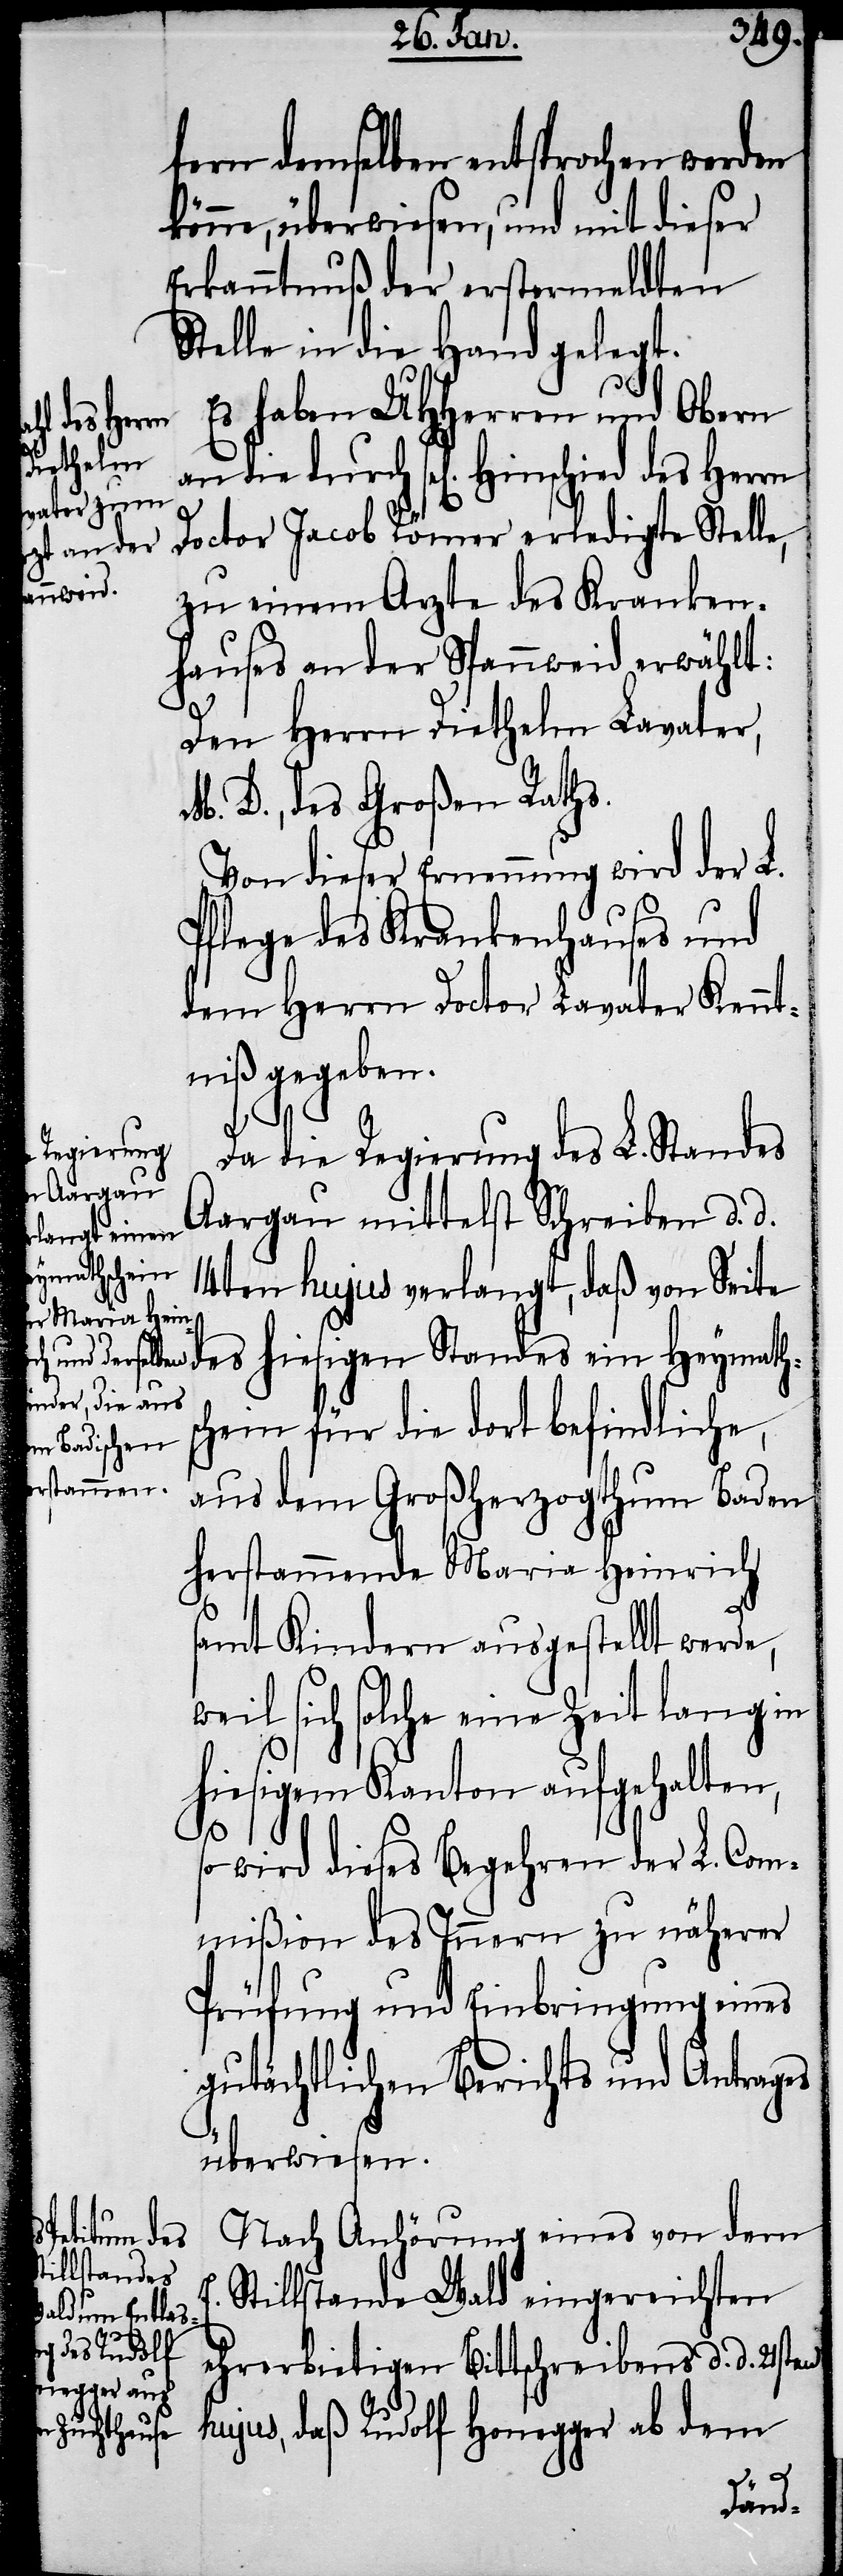
fern demselben entsprochen werden
könne, überwiesen, und mit dieser
Erkanntnuß der erstermeldten
Stelle in die Hand gelegt.
Es haben UHHerren und Obern
d des Herrn
Doctor Jacob Römer erledigte Stelle,
zu einem Arzte des Kranken¬
hauses an der Spannweid erwählt:
Den Herrn Diethelm Lavater,
M. D., des Großen Raths.
Von dieser Ernennung wird der L.
Pflege des Krankenhauses und
dem Herrn Doctor Lavater Kennt¬
niß gegeben.
Da die Regierung des L. Standes
Aargau mittelst Schreiben d. d.
Hinschie¬
14ten hujus verlangt, daß von Seite
des hiesigen Standes ein Heymaths¬
chein für die dort befindliche,
aus dem Großherzogthum Baden
herstammende Maria Heinrich
samt Kindern ausgestellt werde,
weil sich solche eine Zeit lang in
hiesigem Kanton aufgehalten,
so wird dieses Begehren der L. Com¬
mißion des Innern zu näherer
Prüfung und Einbringung eines
gutächtlichen Berichts und Antrages
überwiesen.
Nach Anhörung eines von dem
E. Stillstande Wald eingereichten
die durch
ehrerbietigen Bittschreibens d. d. 21sten
hujus, daß Rudolf Honegger ab dem
an